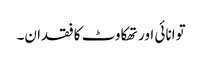
توانائی اور تھکاوٹ کا فقدان۔